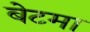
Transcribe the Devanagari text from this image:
बेटमा